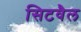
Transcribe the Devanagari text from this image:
सिटवैल